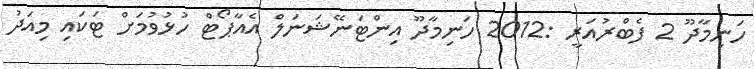
ހަނިމާދޫ 2 ފެބްރުއަރީ :2012 ހަނިމާދޫ އިންޓަނޭޝަނަލް އެއާޕޯޓް ހުޅުވުމަށް ޓަކައި މިއަދު